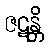
ဇဋန္တိ